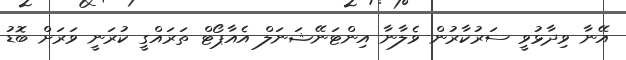
އޭނާ ވިދާޅުވީ ސަރުކާރުން ވެލާނާ އިންޓަނޭޝަނަލް އެއާޕޯޓް ތަރައްގީ ކުރަނީ ވަރަށް ބޮޑު